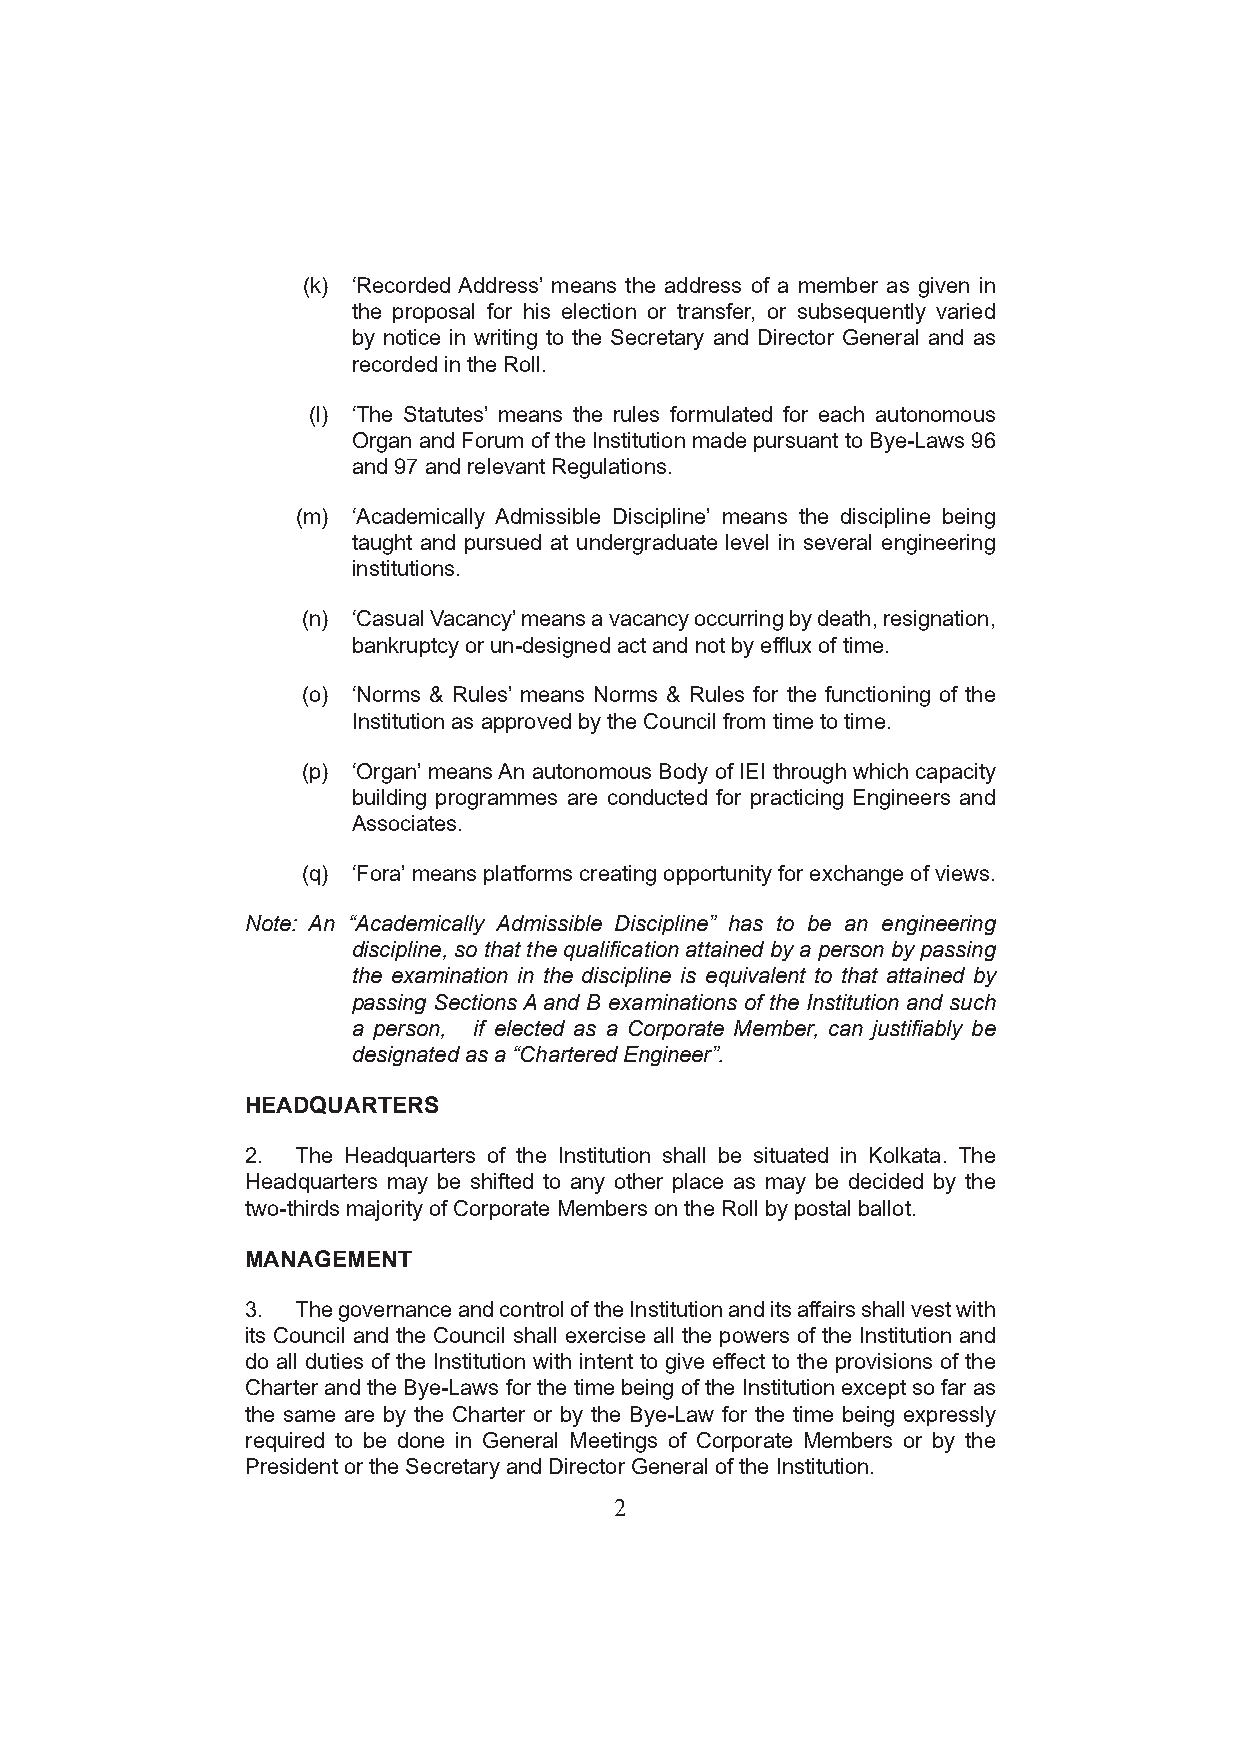
(k) ‘Recorded Address’ means the address of a member as given in
 the proposal for his election or transfer, or subsequently varied
 by notice in writing to the Secretary and Director General and as
 recorded in the Roll.
 (l) ‘The Statutes’ means the rules formulated for each autonomous
 Organ and Forum of the Institution made pursuant to Bye-Laws 96
 and 97 and relevant Regulations.
 (m) ‘Academically Admissible Discipline’ means the discipline being
 taught and pursued at undergraduate level in several engineering
 institutions.
 (n) ‘Casual Vacancy’ means a vacancy occurring by death, resignation,
 bankruptcy or un-designed act and not by efflux of time.
 (o) ‘Norms & Rules’ means Norms & Rules for the functioning of the
 Institution as approved by the Council from time to time.
 (p) ‘Organ’ means An autonomous Body of IEI through which capacity
 building programmes are conducted for practicing Engineers and
 Associates.
 (q) ‘Fora’ means platforms creating opportunity for exchange of views.
 Note: An “Academically Admissible Discipline” has to be an engineering
 discipline, so that the qualification attained by a person by passing
 the examination in the discipline is equivalent to that attained by
 passing Sections A and B examinations of the Institution and such
 a person, if elected as a Corporate Member, can justifiably be
 designated as a “Chartered Engineer”.
 HEADQUARTERS
 2.  The Headquarters of the Institution shall be situated in Kolkata. The
 Headquarters may be shifted to any other place as may be decided by the
 two-thirds majority of Corporate Members on the Roll by postal ballot.
 MANAGEMENT
 3.  The governance and control of the Institution and its affairs shall vest with
 its Council and the Council shall exercise all the powers of the Institution and
 do all duties of the Institution with intent to give effect to the provisions of the
 Charter and the Bye-Laws for the time being of the Institution except so far as
 the same are by the Charter or by the Bye-Law for the time being expressly
 required to be done in General Meetings of Corporate Members or by the
 President or the Secretary and Director General of the Institution.
 2